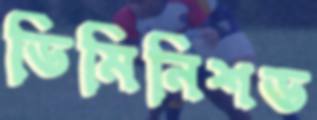
ডিমিনিশড